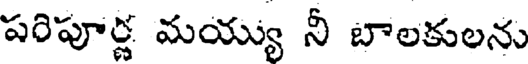
పరిపూర్ణ మయ్యు నీ బాలకులను